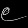
Digit: ၉